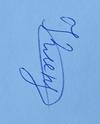
Signature authenticity: genuine